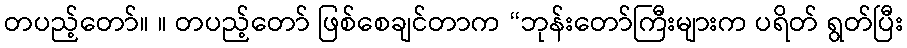
တပည့်တော်။ ။ တပည့်တော် ဖြစ်စေချင်တာက “ဘုန်းတော်ကြီးများက ပရိတ် ရွတ်ပြီး